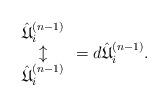
LaTeX: \begin{align*}\begin{array}{c}\hat{\mathfrak U}_{i}^{(n-1)}\\\updownarrow\\\hat{\mathfrak U}_{i}^{(n-1)}\end{array}=d\hat{\mathfrak U}_{i}^{(n-1)}.\end{align*}